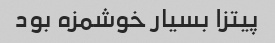
پیتزا بسیار خوشمزه بود